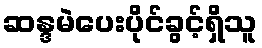
ဆန္ဒမဲပေးပိုင်ခွင့်ရှိသူ